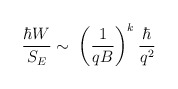
\begin{align*}\frac{\hbar W}{S_E}\sim\; \biggl(\frac{1}{qB}\biggr)^k \:\frac{\hbar}{q^2}\end{align*}